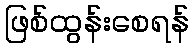
ဖြစ်ထွန်းစေရန်